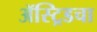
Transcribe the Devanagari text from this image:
ॲस्ट्रिडचा